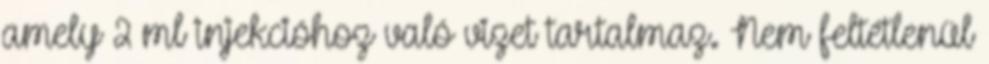
amely 2 ml injekcióhoz való vizet tartalmaz. Nem feltétlenül